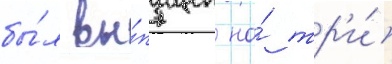
бы́л вы́пущен на́ тр'и́